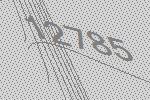
12785